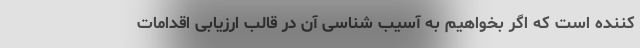
کننده است که اگر بخواهیم به آسیب شناسی آن در قالب ارزیابی اقدامات